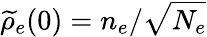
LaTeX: {\widetilde\rho}_{e}(0)=n_{e}/\sqrt{N_{e}}